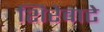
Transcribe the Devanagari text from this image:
शिरेवाटे